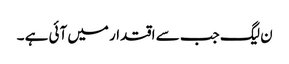
ن لیگ جب سے اقتدار میں آئی ہے ۔